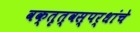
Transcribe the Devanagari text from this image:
वक्तृत्वस्पर्धांचे